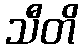
သီတိ